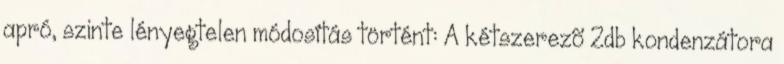
apró, szinte lényegtelen módosítás történt: A kétszerezõ 2db kondenzátora